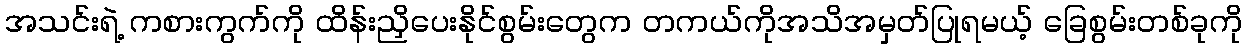
အသင်းရဲ့ ကစားကွက်ကို ထိန်းညှိပေးနိုင်စွမ်းတွေက တကယ်ကိုအသိအမှတ်ပြုရမယ့် ခြေစွမ်းတစ်ခုကို